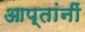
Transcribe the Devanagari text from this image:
आप्तांनीं